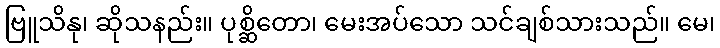
ဗြူသိနု၊ ဆိုသနည်း။ ပုစ္ဆိတော၊ မေးအပ်သော သင်ချစ်သားသည်။ မေ၊